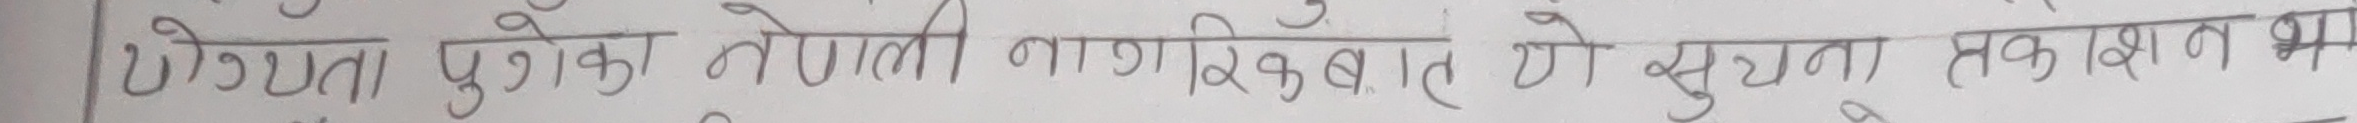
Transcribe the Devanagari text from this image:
उँच्यता पुगेका नेपाली नागरिकबाट यो सूचना एक प्रकाशन भ